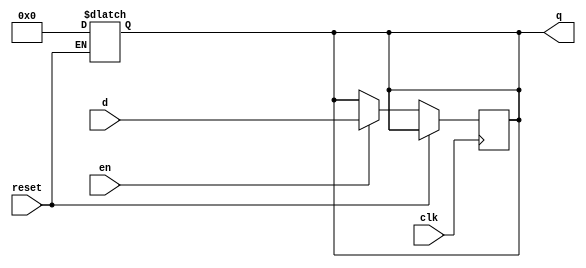
module parameterized_register #(parameter N = 8) (
    input wire clk,         // Clock signal
    input wire reset,       // Asynchronous reset signal
    input wire [N-1:0] d,   // Input data (n-bit value)
    input wire en,          // Enable signal
    output reg [N-1:0] q    // Output data (n-bit value)
);

    // Asynchronous reset behavior
    always @(*) begin
        if (reset) begin
            q = {N{1'b0}}; // Initialize output to zero on reset
        end
    end

    // Register update behavior on clock edge
    always @(posedge clk) begin
        if (!reset) begin // Only act if reset is not asserted
            if (en) begin
                q <= d;   // Capture input data when enabled
            end
            // If not enabled, retain previous value of q
        end
    end

endmodule